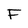
Character: F